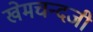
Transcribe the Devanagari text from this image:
खेमचन्दजी